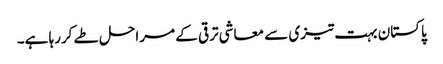
پاکستان بہت تیزی سے معاشی ترقی کے مراحل طے کررہا ہے۔